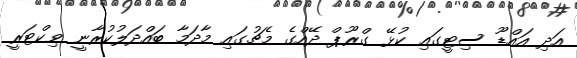
އަދި އައްޑޫ ސިޓީގައި ކުޅޭ ގްރޫޕް ދޭއްގެ މެޗުގައި މާދަމާ ބައްދަލުކުރާނީ ވިކްޓަރީ